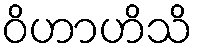
ဝိဟာဟိသိ